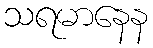
သရမာနေန